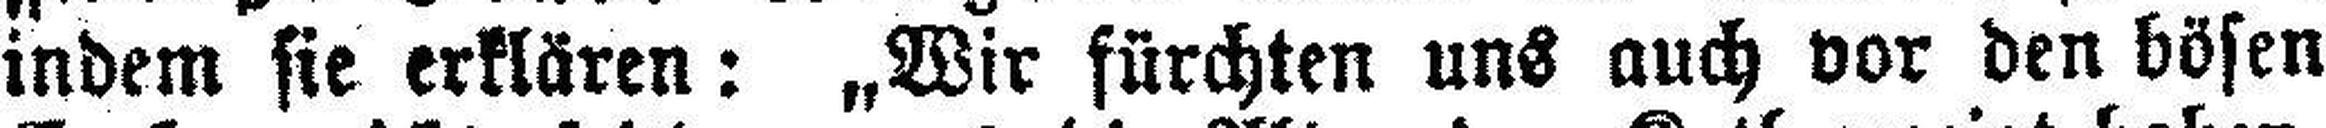
indem sie erklären: „Wir fürchten uns auch vor den bösen